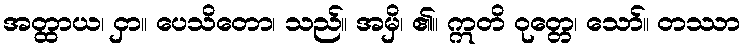
အတ္ထာယ၊ ငှာ။ ပေသိတော၊ သည်။ အမှိ၊ ၏။ ဣတိ ဝုတ္တေ၊ သော်။ တဿာ